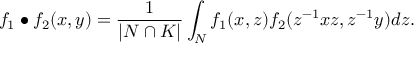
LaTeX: f _ { 1 } \bullet f _ { 2 } ( x , y ) = \frac { 1 } { | N \cap K | } \int _ { N } f _ { 1 } ( x , z ) f _ { 2 } ( z ^ { - 1 } x z , z ^ { - 1 } y ) d z .